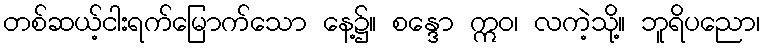
တစ်ဆယ့်ငါးရက်မြောက်သော နေ့၌။ စန္ဒော ဣဝ၊ လကဲ့သို့။ ဘူရိပညော၊